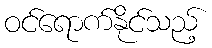
ဝင်ရောက်နိုင်သည့်